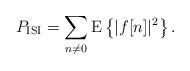
LaTeX: \begin{align*}P_{\mathrm{ISI}}=\sum_{n\neq 0}\mathrm{E}\left\{|f[n]|^2\right\}.\end{align*}